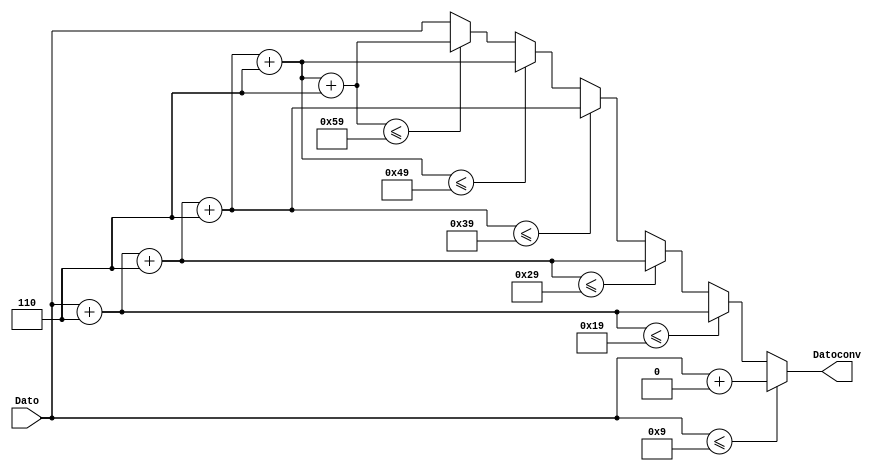
`timescale 1ns / 1ps

module Convertidor_Binario_BCD_2(
	input [7:0] Dato,
	output reg [7:0] Datoconv);

reg [7:0] Temp;

	always@(Dato)
	begin
	if(Dato<=8'b00001001)begin
		Datoconv=Dato+8'd0;end
	else begin
		Temp=Dato+8'd6;
		if(Temp<=8'b00011001)begin
		Datoconv=Temp;end
		else begin
			Temp=Temp+8'd6;
			if(Temp<=8'b00101001)begin
				Datoconv=Temp;end
			else begin
				Temp=Temp+8'd6;
				if(Temp<=8'b00111001)begin
					Datoconv=Temp;end
				else begin
					Temp=Temp+8'd6;
					if(Temp<=8'b01001001)begin
						Datoconv=Temp;end
					else begin
						Temp=Temp+8'd6;
						if(Temp<=8'b01011001)begin
							Datoconv=Temp;end
						else begin Datoconv=Dato; end
						end
					end
				end
			end
		end
	end
		
endmodule